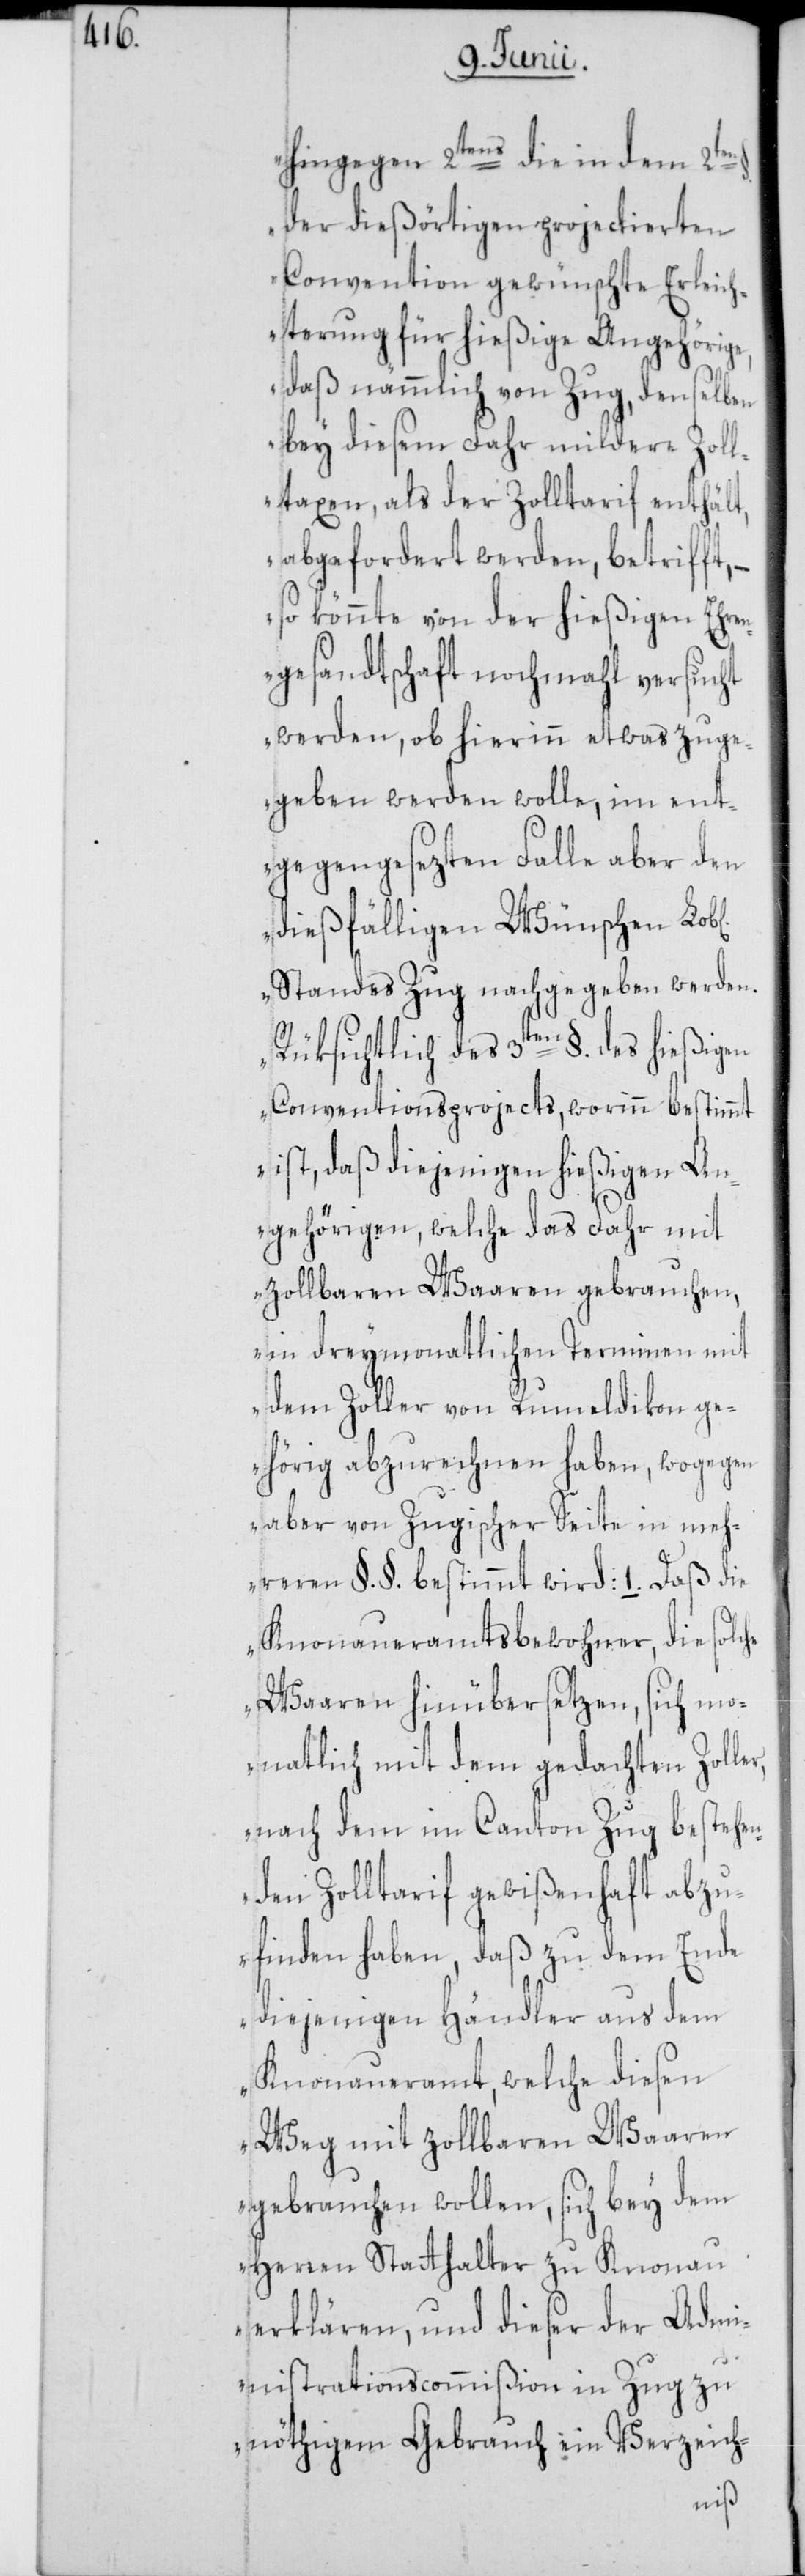
er,
hingegen 2tens die in dem 2ten
der dießörtigen projectierten
Convention gewünschte Erleich¬
terung für hießige Angehörige,
daß nämmlich von Zug, denselben
bey diesem Fahr mildere Zoll¬
taxen, als der Zolltarif enthält,
abgefordert werden, betrifft,
so könnte von der hießigen Ehre¬
ngesandtschaft nochmahl versucht
werden, ob hierinn etwas zuge¬
geben werden wolle, im ent¬
gegengesezten Falle aber den
dießfälligen Wünschen
Standes Zug nachgegeben werden.
Rüksichtlich des 3ten §. des hießigen
Conventionsprojects, worinn bestimmt
ist, daß diejenigen hießigen An¬
gehörigen, welche das Fahr mit
zollbaren Waaren gebrauchen,
in dreymonatlichen Terminen mit
dem Zoller von Rumeldikon ge¬
hörig abzurechnen haben, wogegen
aber von Zugischer Seite in meh¬
Knonaueramtsbewohner, die solche
Waaren hinübersetzen, sich mo¬
natlich mit dem gedachten Zoll¬
nach dem im Canton Zug bestehen¬
den Zolltarif gewißenhaft abzu¬
finden haben, daß zu dem Ende
diejenigen Händler aus dem
Knonaueramt, welche diesen
Weg mit zollbaren Waaren
gebrauchen wollen, sich bey dem
Herren Statthalter zu Knonau
erklären, und dieser der Adm¬
inistrationscommißion in Zug zu
nöthigem Gebrauch ein Verzeich-